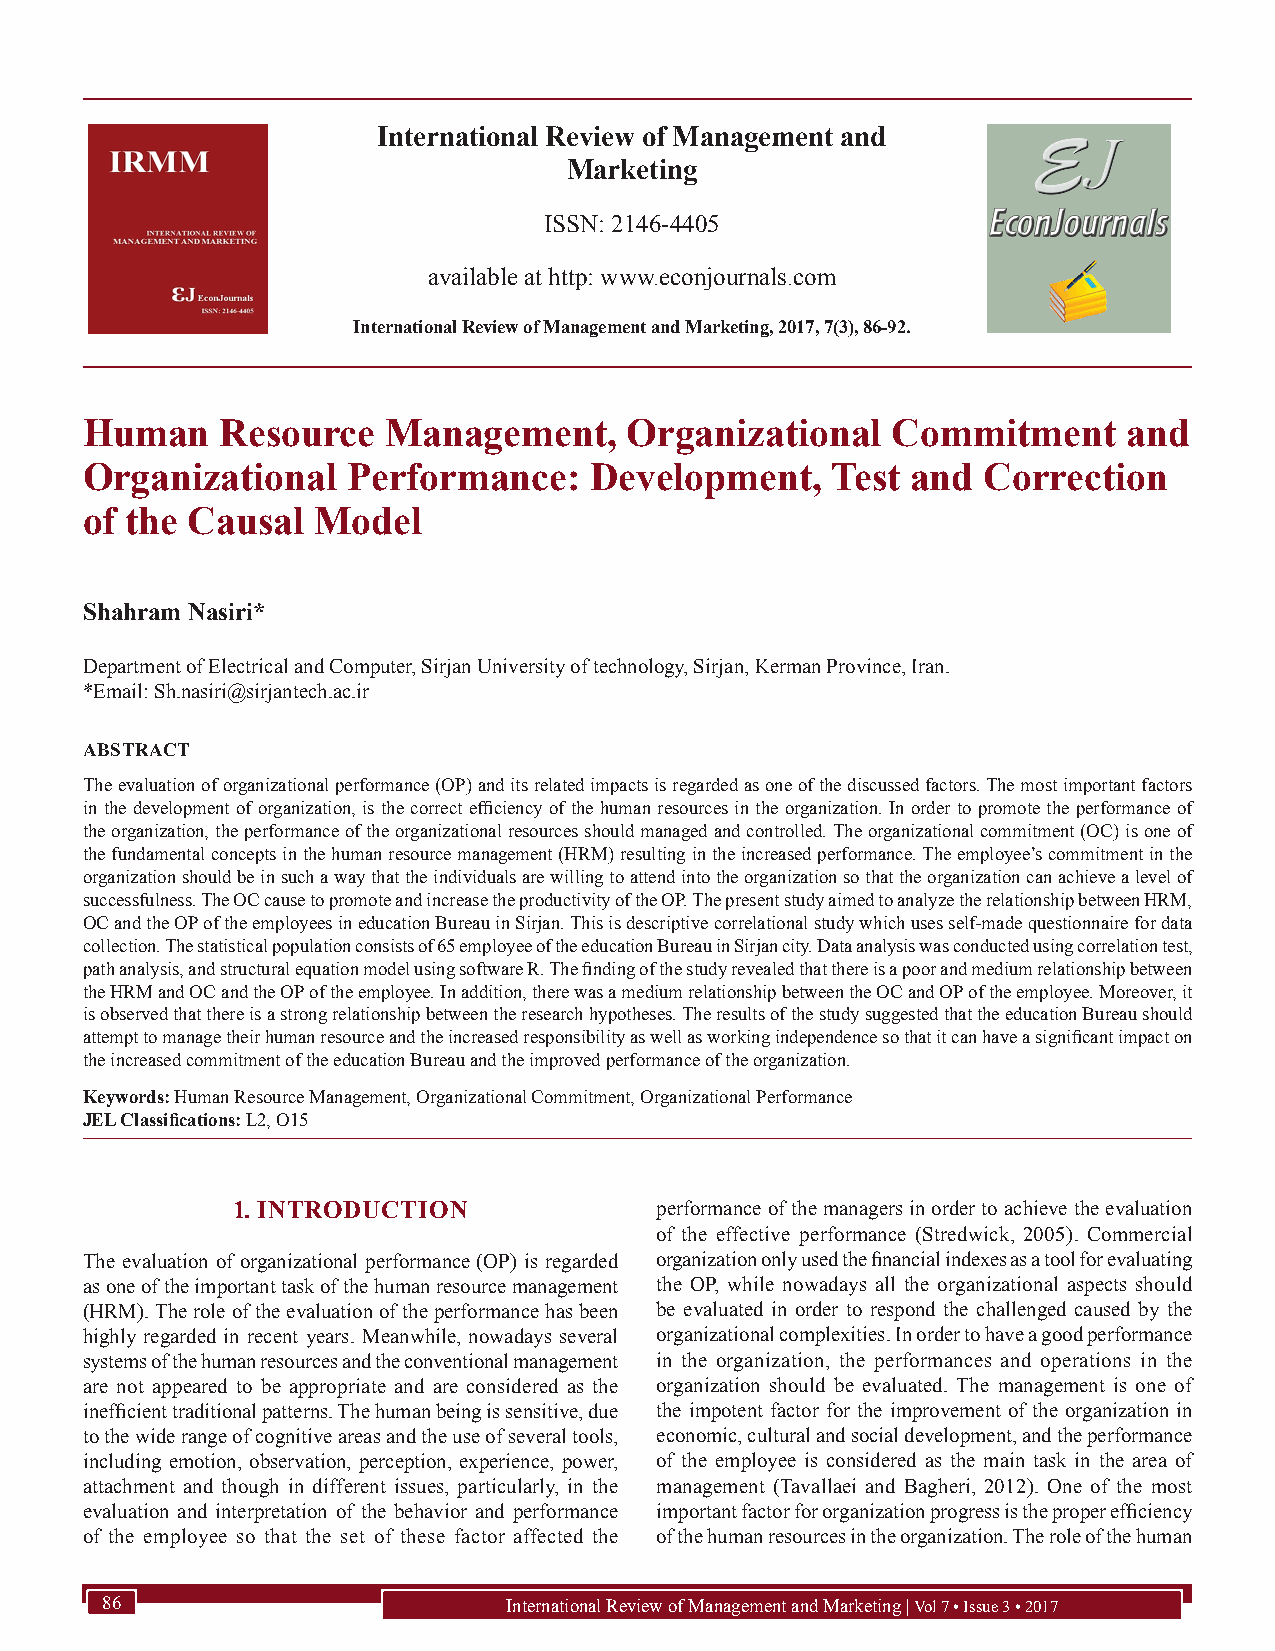
International Review of Management and
 Marketing
 ISSN: 2146-4405
 available at http: www.econjournals.com
 International Review of Management and Marketing, 2017, 7(3), 86-92.
 Human     Resource   Management,     Organizational   Commitment      and
 Organizational    Performance:    Development,    Test and  Correction
 of the Causal   Model
 Shahram Nasiri*
 Department of Electrical and Computer, Sirjan University of technology, Sirjan, Kerman Province, Iran.
 *Email: Sh.nasiri@sirjantech.ac.ir
 ABSTRACT
 The evaluation of organizational performance (OP) and its related impacts is regarded as one of the discussed factors. The most important factors
 in the development of organization, is the correct efficiency of the human resources in the organization. In order to promote the performance of
 the organization, the performance of the organizational resources should managed and controlled. The organizational commitment (OC) is one of
 the fundamental concepts in the human resource management (HRM) resulting in the increased performance. The employee’s commitment in the
 organization should be in such a way that the individuals are willing to attend into the organization so that the organization can achieve a level of
 successfulness. The OC cause to promote and increase the productivity of the OP. The present study aimed to analyze the relationship between HRM,
 OC and the OP of the employees in education Bureau in Sirjan. This is descriptive correlational study which uses self-made questionnaire for data
 collection. The statistical population consists of 65 employee of the education Bureau in Sirjan city. Data analysis was conducted using correlation test,
 path analysis, and structural equation model using software R. The finding of the study revealed that there is a poor and medium relationship between
 the HRM and OC and the OP of the employee. In addition, there was a medium relationship between the OC and OP of the employee. Moreover, it
 is observed that there is a strong relationship between the research hypotheses. The results of the study suggested that the education Bureau should
 attempt to manage their human resource and the increased responsibility as well as working independence so that it can have a significant impact on
 the increased commitment of the education Bureau and the improved performance of the organization.
 Keywords: Human Resource Management, Organizational Commitment, Organizational Performance
 JEL Classifications: L2, O15
 1. INTRODUCTION             performance of the managers in order to achieve the evaluation
 of the effective performance (Stredwick, 2005). Commercial
 The evaluation of organizational performance (OP) is regarded organization only used the financial indexes as a tool for evaluating
 as one of the important task of the human resource management the OP, while nowadays all the organizational aspects should
 (HRM). The role of the evaluation of the performance has been be evaluated in order to respond the challenged caused by the
 highly regarded in recent years. Meanwhile, nowadays several organizational complexities. In order to have a good performance
 systems of the human resources and the conventional management in the organization, the performances and operations in the
 are not appeared to be appropriate and are considered as the organization should be evaluated. The management is one of
 inefficient traditional patterns. The human being is sensitive, due the impotent factor for the improvement of the organization in
 to the wide range of cognitive areas and the use of several tools, economic, cultural and social development, and the performance
 including emotion, observation, perception, experience, power, of the employee is considered as the main task in the area of
 attachment and though in different issues, particularly, in the management (Tavallaei and Bagheri, 2012). One of the most
 evaluation and interpretation of the behavior and performance important factor for organization progress is the proper efficiency
 of the employee so that the set of these factor affected the of the human resources in the organization. The role of the human
 86                        International Review of Management and Marketing | Vol 7 • Issue 3 • 2017